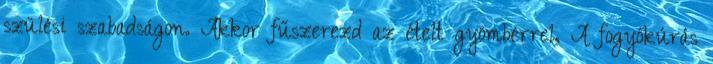
szülési szabadságon. Akkor fűszerezd az ételt gyömbérrel, A fogyókúrás